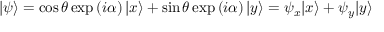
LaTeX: | \psi \rangle = \cos \theta \exp \left( i \alpha \right) | x \rangle + \sin \theta \exp \left( i \alpha \right) | y \rangle = \psi _ { x } | x \rangle + \psi _ { y } | y \rangle